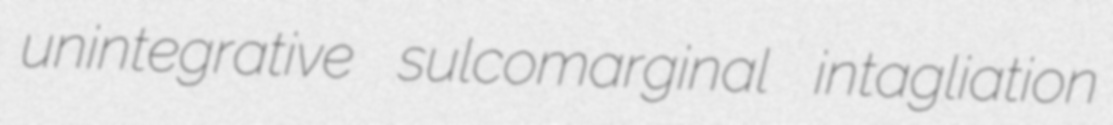
unintegrative sulcomarginal intagliation